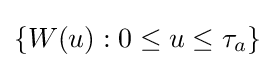
\{W(u):0\leq u\leq \tau _{a}\}